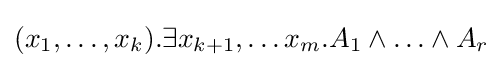
(x_{1},\ldots ,x_{k}).\exists x_{k+1},\ldots x_{m}.A_{1}\wedge \ldots \wedge A_{r}